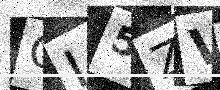
Text: OI5ZVG